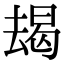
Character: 朅